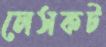
লেসকট